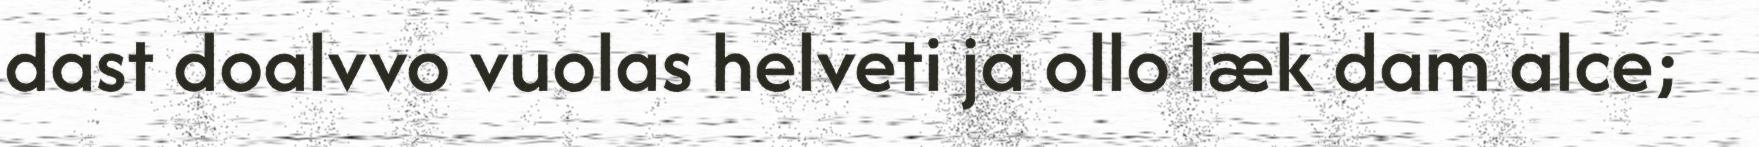
dast doalvvo vuolas helveti ja ollo læk dam alce;